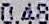
0.48